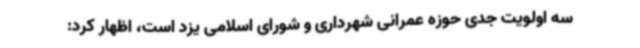
سه اولویت جدی حوزه عمرانی شهرداری و شورای اسلامی یزد است،‌ اظهار کرد: